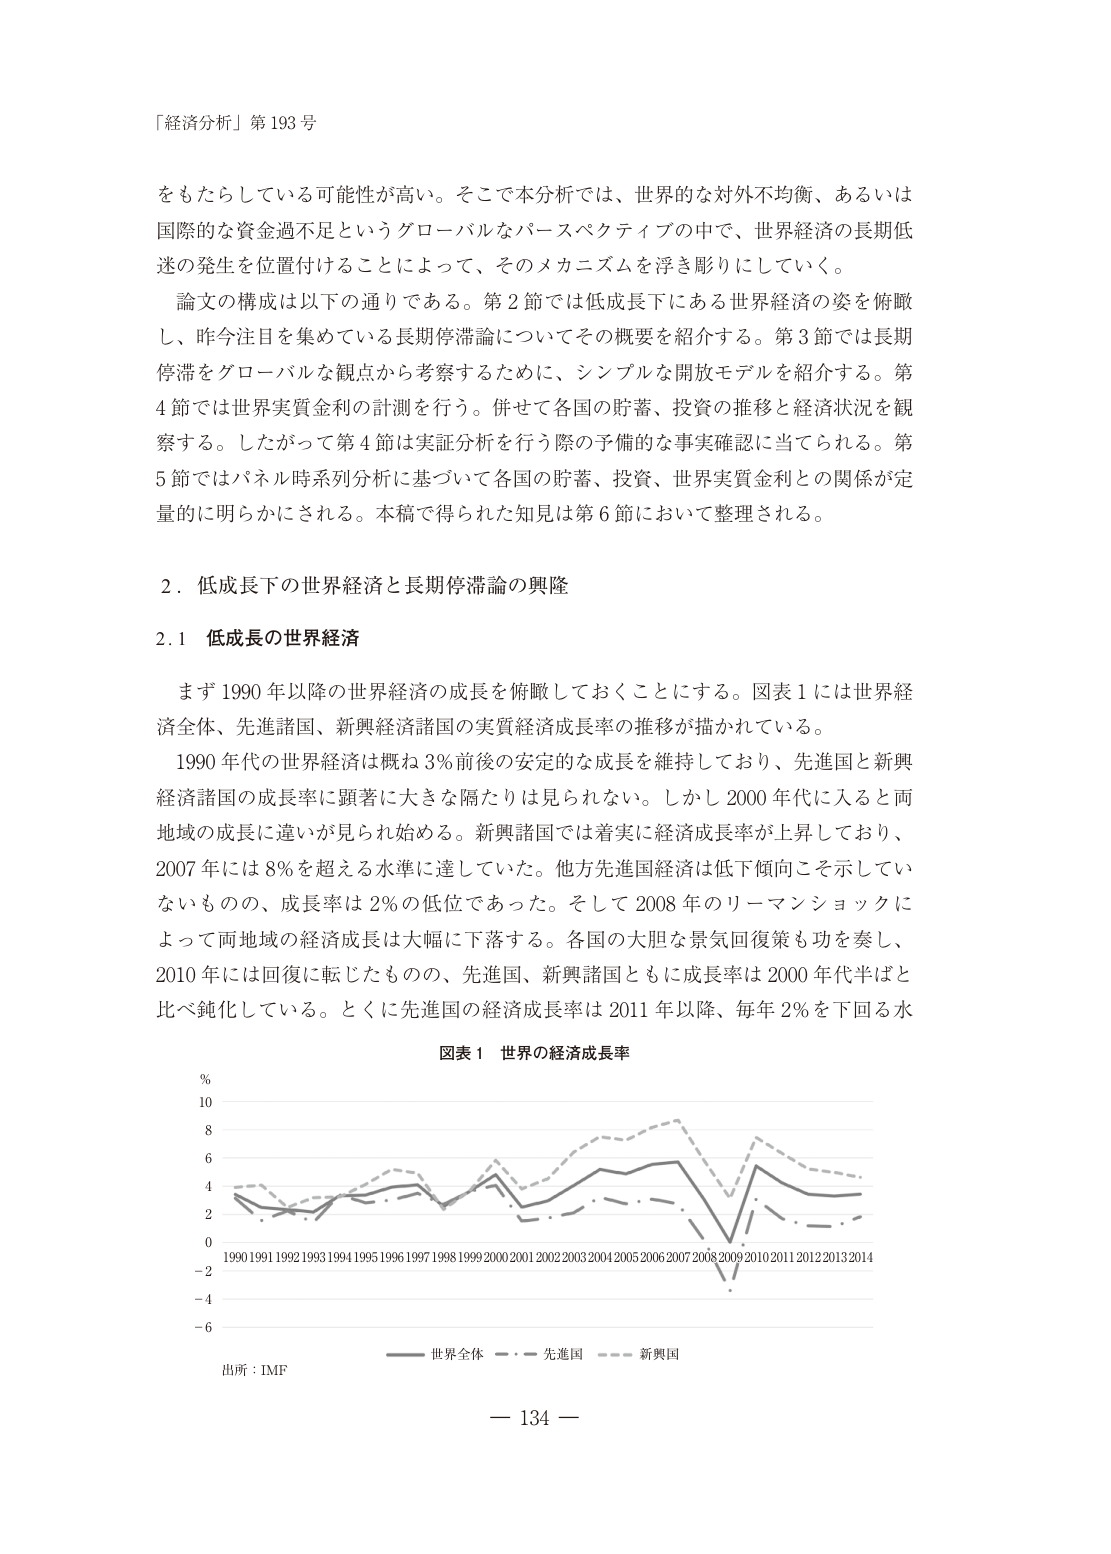
「経済分析」第193号

をもたらしている可能性が高い。そこで本分析では、世界的な対外不均衡、あるいは国際的な資金過不足というグローバルなパースペクティブの中で、世界経済の長期低迷の発生を位置付けることによって、そのメカニズムを浮き彫りにしていく。

論文の構成は以下の通りである。第2節では低成長下にある世界経済の姿を俯瞰し、昨今注目を集めている長期停滞論についてその概要を紹介する。第3節では長期停滞をグローバルな観点から考察するために、シンプルな開放モデルを紹介する。第4節では世界実質金利の計測を行う。併せて各国の貯蓄、投資の推移と経済状況を観察する。したがって第4節は実証分析を行う際の予備的な事実確認に当てられる。第5節ではパネル時系列分析に基づいて各国の貯蓄、投資、世界実質金利との関係が定量的に明らかにされる。本稿で得られた知見は第6節において整理される。

2．低成長下の世界経済と長期停滞論の興隆

2.1 低成長の世界経済

まず1990年以降の世界経済の成長を俯瞰しておくことにする。図表1には世界経済全体、先進諸国、新興経済諸国の実質経済成長率の推移が描かれている。

1990年代の世界経済は概ね3％前後の安定的な成長を維持しており、先進国と新興経済諸国の成長率に顕著に大きな隔たりは見られない。しかし2000年代に入ると両地域の成長に違いが見られ始める。新興諸国では着実に経済成長率が上昇しており、2007年には8％を超える水準に達していた。他方先進国経済は低下傾向こそ示していないものの、成長率は2％の低位であった。そして2008年のリーマンショックによって両地域の経済成長は大幅に下落する。各国の大胆な景気回復策も功を奏し、2010年には回復に転じたものの、先進国、新興諸国ともに成長率は2000年代半ばと比べ鈍化している。とくに先進国の経済成長率は2011年以降、毎年2％を下回る水

図表1 世界の経済成長率

%
10
8
6
4
2
0
-2
-4
-6
1990 1991 1992 1993 1994 1995 1996 1997 1998 1999 2000 2001 2002 2003 2004 2005 2006 2007 2008 2009 2010 2011 2012 2013 2014

―― 世界全体
・－・ 先進国
―― 新興国

出所：IMF

－ 134 －